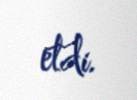
etdi.